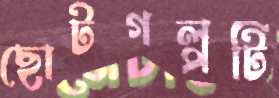
ছোটগল্পটি